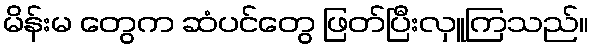
မိန်းမ တွေက ဆံပင်တွေ ဖြတ်ပြီးလှူကြသည်။